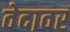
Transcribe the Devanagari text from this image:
वेदावर